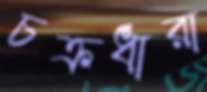
চক্রধারা